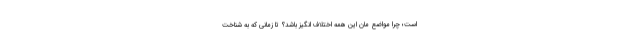
است؛ چرا مواضع مان این همه اختلاف انگیز باشد؟ تا زمانی که به شناخت